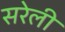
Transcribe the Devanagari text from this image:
सरेली